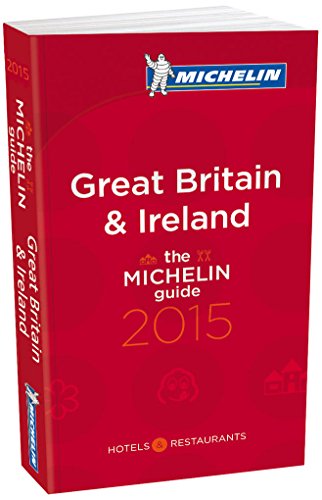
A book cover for MICHELIN Guide Great Britain & Ireland 2015 (Michelin Red Guide Great Britain & Ireland); Michelin; Travel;